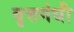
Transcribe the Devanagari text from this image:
वृत्तगंधी